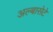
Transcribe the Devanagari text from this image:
अल्बासेटे